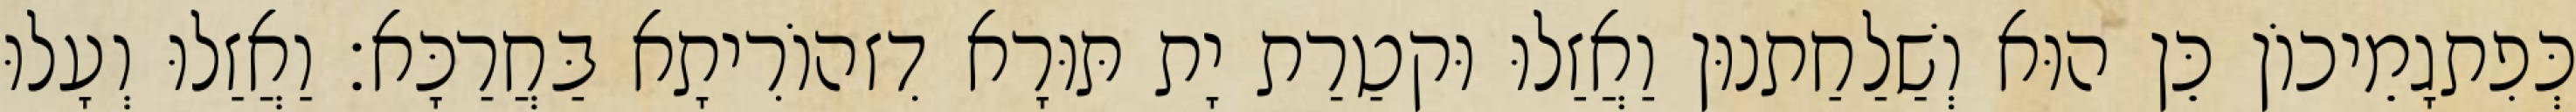
כְּפִתגָמֵיכוֹן כֵּן הוּא וְשַׁלַחַתנוּן וַאֲזַלוּ וּקטַרַת יָת תּוּרָא דִזהוֹרִיתָא בַּחֲרַכָּא׃ וַאֲזַלוּ וְעָלוּ